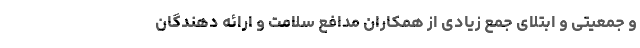
و جمعیتی و ابتلای جمع زیادی از همکاران مدافع سلامت و ارائه دهندگان